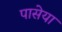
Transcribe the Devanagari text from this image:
पासेया